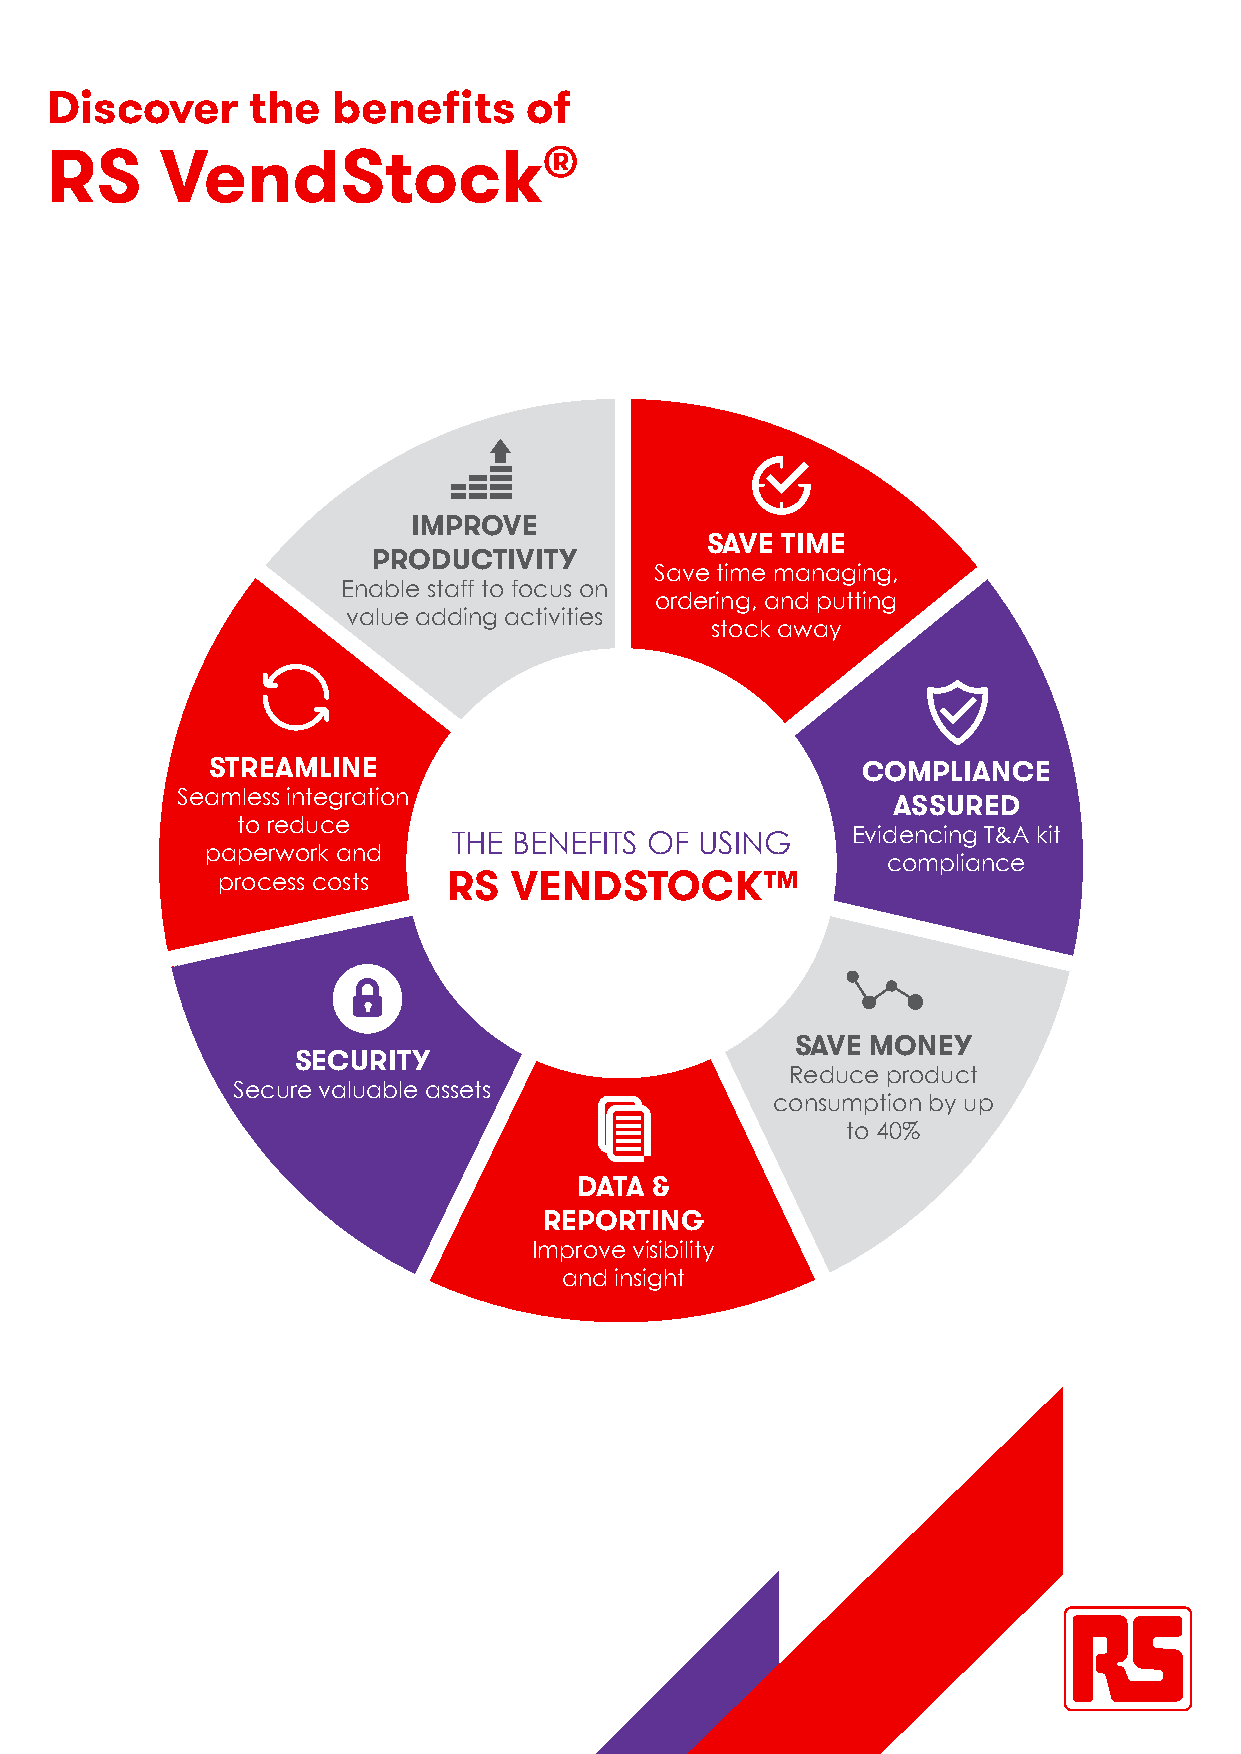
Discover      the  benefits     of
 RS      VendStock®
 IMPROVE
 SAVE TIME
 PRODUCTIVITY
 Save time managing,
 Enable staff to focus on
 ordering, and putting
 value adding activities
 stock away
 STREAMLINE                                 COMPLIANCE
 Seamless integration
 ASSURED
 to reduce
 THE BENEFITS OF USING     Evidencing T&A kit
 paperwork and
 compliance
 process costs   RS  VENDSTOCK™
 SAVE MONEY
 SECURITY
 Reduce product
 Secure valuable assets
 consumption by up
 to 40%
 DATA &
 REPORTING
 Improve visibility
 and insight